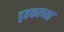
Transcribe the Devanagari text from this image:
दृढकाच्या